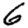
Digit: 6